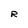
Character: R